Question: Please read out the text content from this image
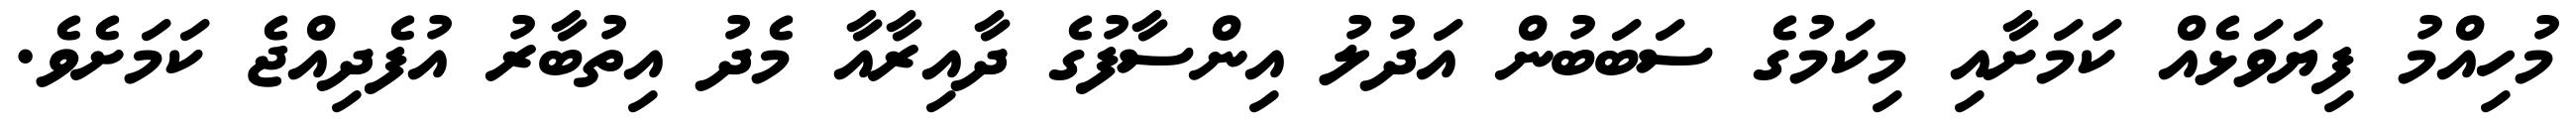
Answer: މުހިއްމު ފިޔަވަޅެއް ކަމަށާއި މިކަމުގެ ސަބަބުން އަދުލު އިންސާފުގެ ދާއިރާއާ މެދު އިތުބާރު އުފެދިއްޖެ ކަމަށެވެ.